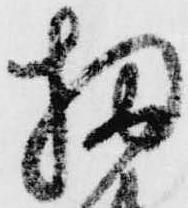
扨